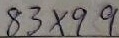
8 3 \times 9 9